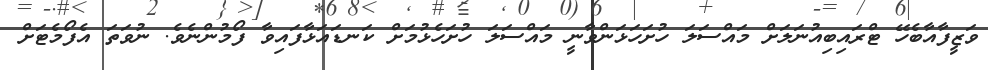
ވަޒީފާއާބެހޭ ޓްރައިބިއުނަލަށް މައްސަލަ ހުށަހަޅަންވާނީ މައްސަލަ ހުށަހެޅުމަށް ކަނޑައަޅާފައިވާ ފޯމުންނެވެ. ނުވަތަ އެފޯމެޓަށް